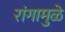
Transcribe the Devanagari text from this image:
रांगामुळे